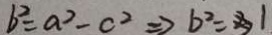
b ^ { 2 } = a ^ { 2 } - c ^ { 2 } \Rightarrow b ^ { 2 } = 3 1